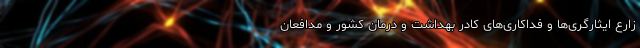
زارع ایثارگری‌ها و فداکاری‌های کادر بهداشت و درمان کشور و مدافعان